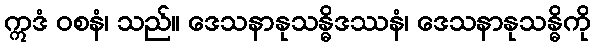
ဣဒံ ဝစနံ၊ သည်။ ဒေသနာနုသန္ဓိဒဿနံ၊ ဒေသနာနုသန္ဓိကို